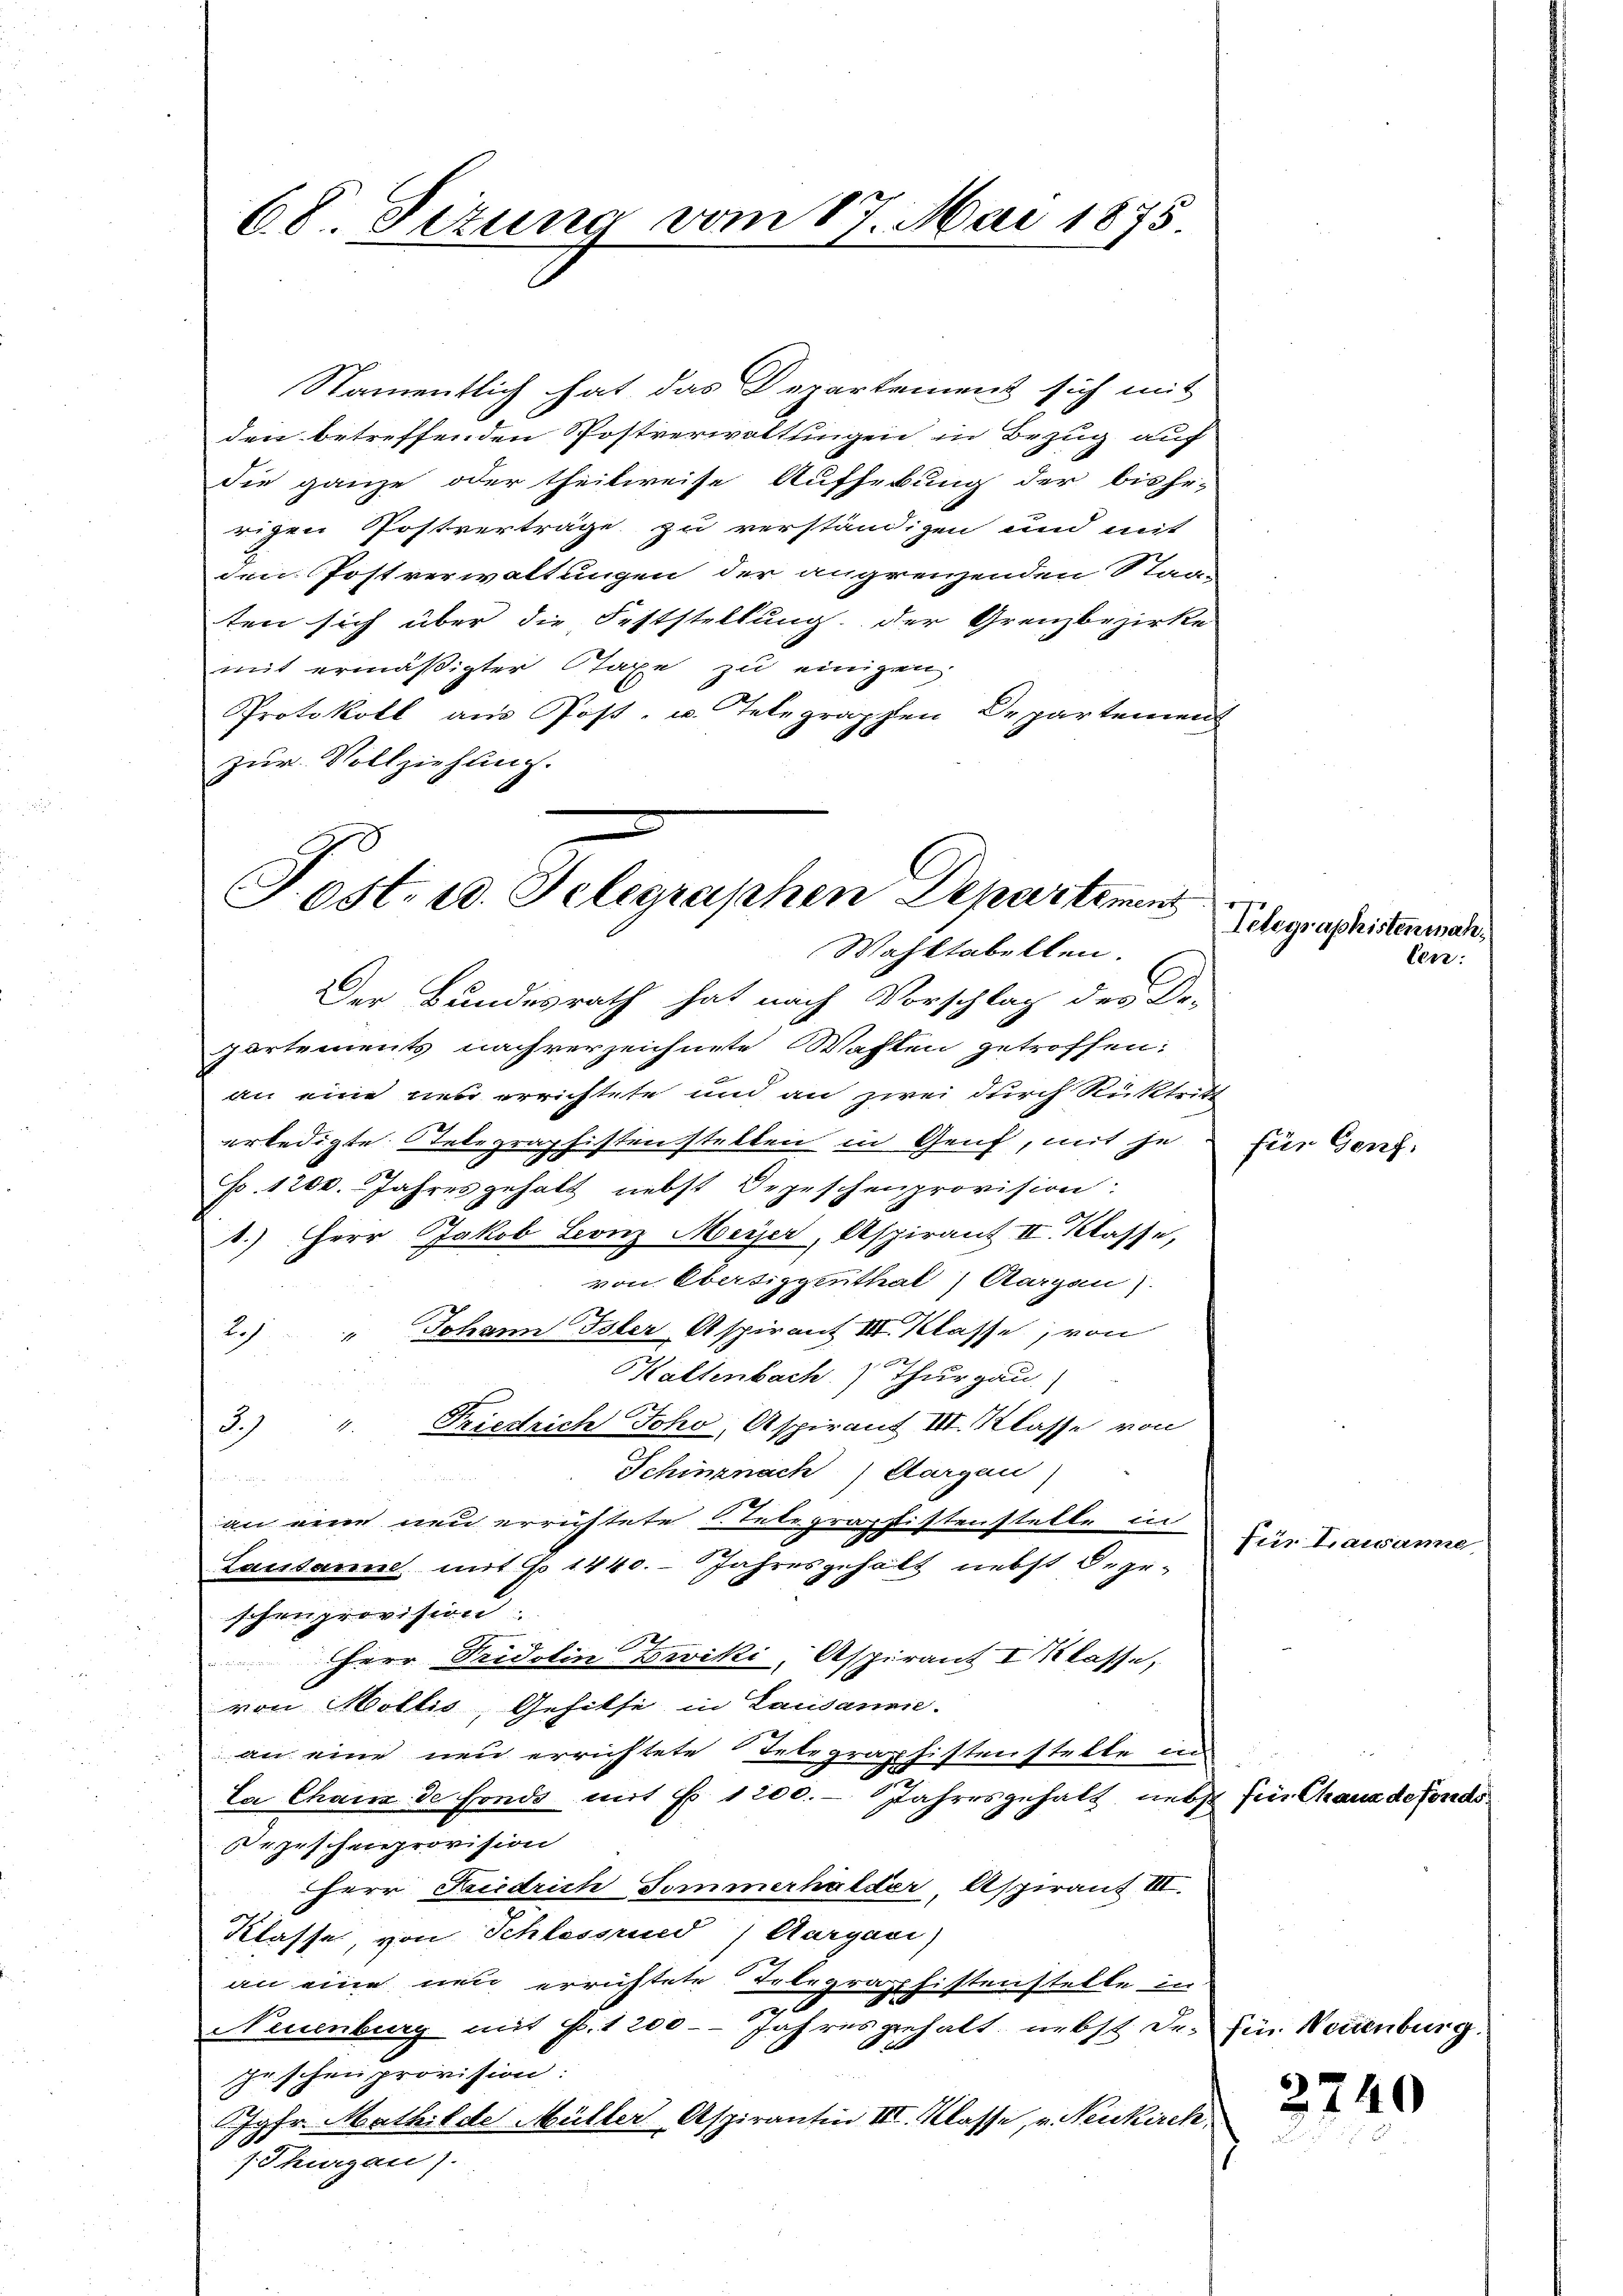
68. Dezung vom 17. Mai 1875.

Post- u. Telegraphen Departement
Wahktabellen.

Namentlich hat das Departement sich mit
den betreffenden Postverwaltungen in Bezug auf
die ganze oder theilweise Aufhebung der bishe-
rigen Postverträge zu verständigen und mit
den Postverwaltungen der angrenzenden Staa-
ten sich über die Feststellung der Grenzbezirke
mit ermäßigter Staxe zu einigen,
Protokoll aus Post- u. Telegraphen Departemen
zur Vollziehung.

Der Bundesrath hat nach Vorschlag des Dr.
partements nachverzeichnete Wasten getroffen:
an eine neu errichtete und an zwei durch Rücktritt
erledigte Telegraphistenstellen in Genf, mit je
No. 1200. Jahres gehalt nebst Depeschenprovision:
1.) Herr Jakob Leonz Meyer, Aspirant II. Klasse,
von Obertiggenthal) Aargau).
2. " Johann Toler Aspirant III. Klasse, von
Kaltenbach Thurgau)
3.) " Friedrich Joho, Aspirant III. Klasse von
Schinznach Aargau
ftung einen des Bereite die in den der
an eine neu errichtete telegraphistenstelle in
Lausanne mit No 1440. Jahresgehält nebst Degeschenprovision
2
Herr Fridolin Beviki, Aspirant I Klasse,
von Mollis, Gehilfe in Lausannie.
an eine neu errichtete Telegraphistenstelle in
La Chaux de fonds mit No. 1200. - Jahresgehalt nebst für Chaus de fonde
ezischenprovision
Herr Friedrich Sommerhalder, Aspirant IIII.
Klasse, von Schlessrund Aargau)
an eine neu errichtete Telegrafistenstelle in
0
Neuenburg mit P. 1200 - Jahres gehalt, nebst De-
e
Geschen provision:
Jgfr. Mathilde Müller Aspirantin III. Klasse, v. Neukirch
, Thurgau).

Telegraphistenmahlen:

für Genf.

für Lausanne,

2740

für Neuenburg